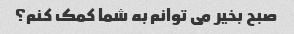
صبح بخیر می توانم به شما کمک کنم؟